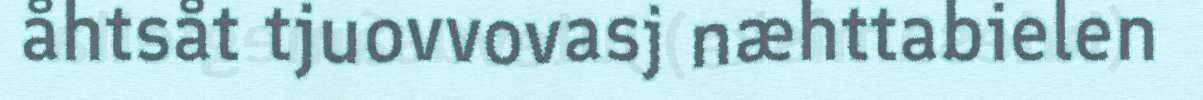
åhtsåt tjuovvovasj næhttabielen